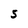
Character: S